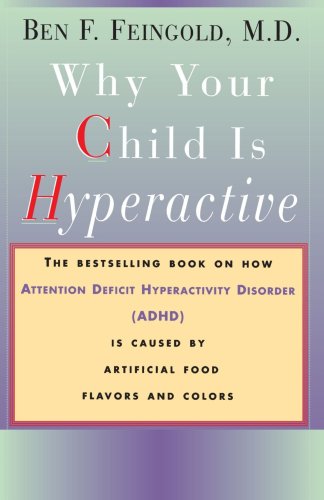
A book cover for Why Your Child Is Hyperactive: The bestselling book on how ADHD is caused by artificial food flavors and colors; M.D. Ben F. Feingold; Health, Fitness & Dieting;